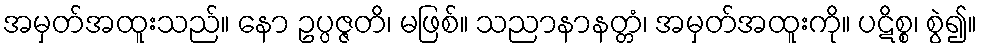
အမှတ်အထူးသည်။ နော ဥပ္ပဇ္ဇတိ၊ မဖြစ်။ သညာနာနတ္တံ၊ အမှတ်အထူးကို။ ပဋိစ္စ၊ စွဲ၍။